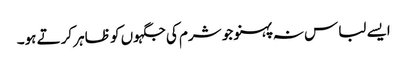
ایسے لباس نہ پہنو جو شرم کی جگہوں کو ظاہر کرتے ہو۔